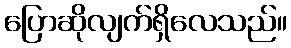
ပြောဆိုလျက်ရှိလေသည်။